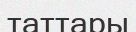
таттары